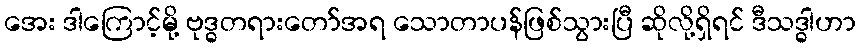
အေး ဒါကြောင့်မို့ ဗုဒ္ဓတရားတော်အရ သောတာပန်ဖြစ်သွားပြီ ဆိုလို့ရှိရင် ဒီသဒ္ဓါဟာ